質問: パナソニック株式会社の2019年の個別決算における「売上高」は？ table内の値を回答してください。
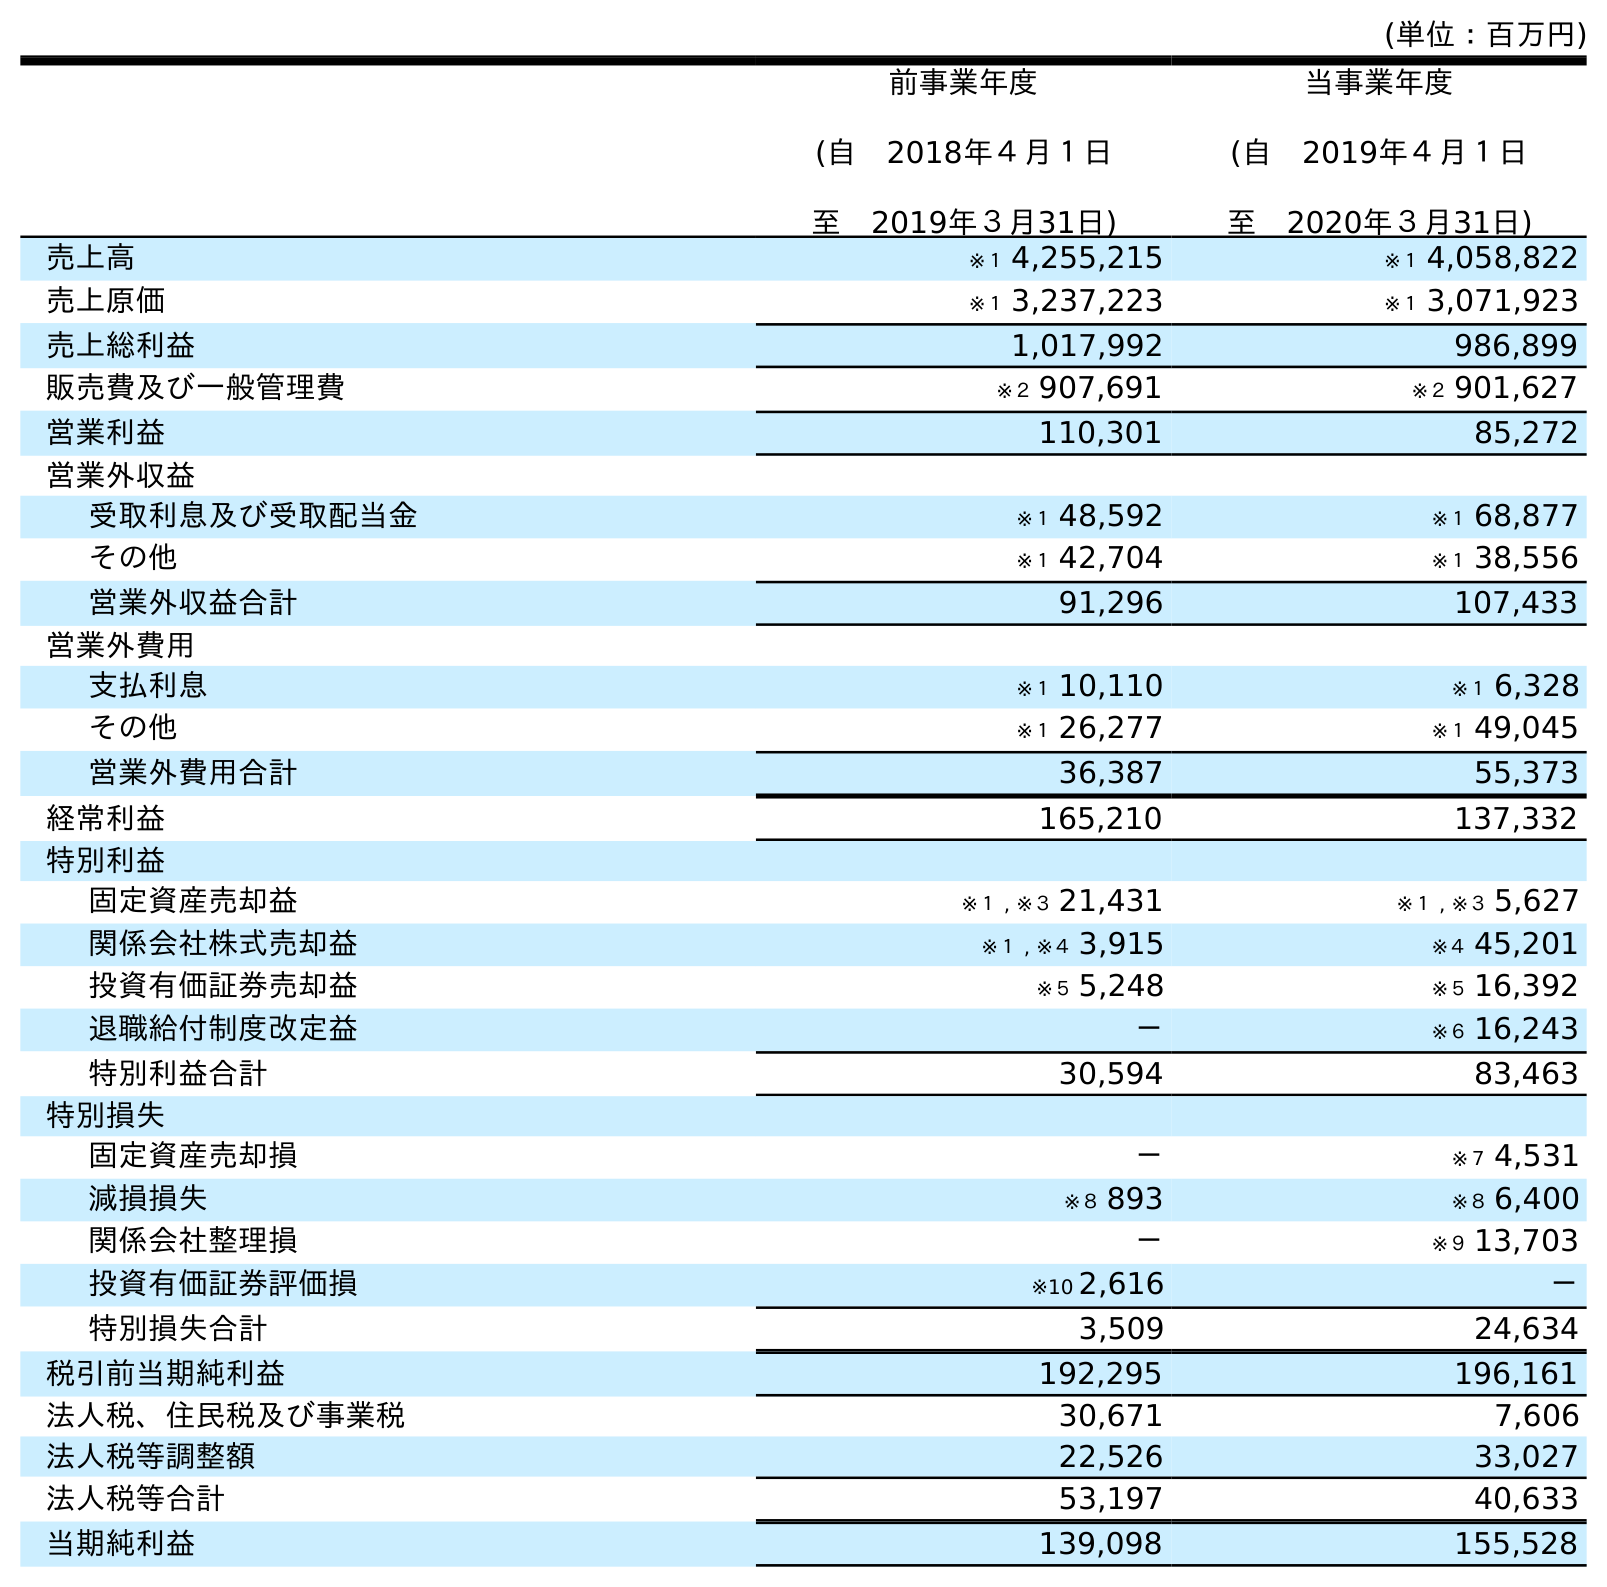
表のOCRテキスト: (単位：百万円) 前事業年度 (自 2018年４月１日 至 2019年３月31日) 当事業年度 (自 2019年４月１日 至 2020年３月31日) 売上高 ※１ 4,255,215 ※１ 4,058,822 売上原価 ※１ 3,237,223 ※１ 3,071,923 売上総利益 1,017,992 986,899 販売費及び一般管理費 ※２ 907,691 ※２ 901,627 営業利益 110,301 85,272 営業外収益 受取利息及び受取配当金 ※１ 48,592 ※１ 68,877 その他 ※１ 42,704 ※１ 38,556 営業外収益合計 91,296 107,433 営業外費用 支払利息 ※１ 10,110 ※１ 6,328 その他 ※１ 26,277 ※１ 49,045 営業外費用合計 36,387 55,373 経常利益 165,210 137,332 特別利益 固定資産売却益 ※１ , ※３ 21,431 ※１ , ※３ 5,627 関係会社株式売却益 ※１ , ※４ 3,915 ※４ 45,201 投資有価証券売却益 ※５ 5,248 ※５ 16,392 退職給付制度改定益 － ※６ 16,243 特別利益合計 30,594 83,463 特別損失 固定資産売却損 － ※７ 4,531 減損損失 ※８ 893 ※８ 6,400 関係会社整理損 － ※９ 13,703 投資有価証券評価損 ※10 2,616 － 特別損失合計 3,509 24,634 税引前当期純利益 192,295 196,161 法人税、住民税及び事業税 30,671 7,606 法人税等調整額 22,526 33,027 法人税等合計 53,197 40,633 当期純利益 139,098 155,528
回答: ※１4,255,215